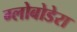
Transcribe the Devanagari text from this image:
ग्लोबोडेरा